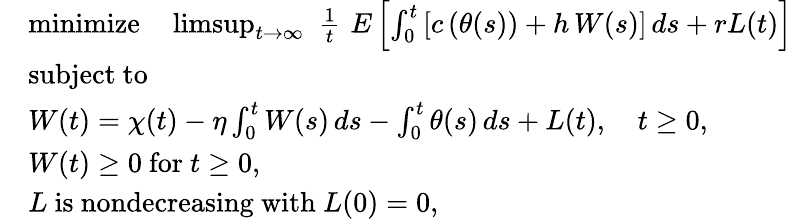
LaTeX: \begin{array}{rl}&{\mathrm{minimize}\quad\operatorname*{limsup}_{t\rightarrow\infty}\, \, \frac{1}{t}\, \, E\left[\int_{0}^{t}\left[c\left(\theta(s)\right)+h\, W(s)\right]\, ds+rL(t)\right]}\\ &{\mathrm{subject~to}}\\ &{W(t)=\chi(t)-\eta\int_{0}^{t}W(s)\, ds-\int_{0}^{t}\theta(s)\, ds+L(t),\quad t\ge 0,}\\ &{W(t)\ge 0\mathrm{~for~}t\ge 0,}\\ &{L\mathrm{~is~nondecreasing~with~}L(0)=0,}\end{array}